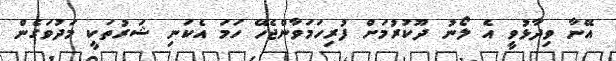
އޭނާ ވިދާޅުވީ އެ ލޯނު ދޫކުރުމަށް ފުރިހަމަވާންޖެހޭ ހަމަ އެކަނި ޝަރުތަކީ މަދުވަގެން